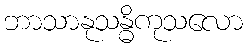
ဘာသာနုသန္ဓိကုသလော